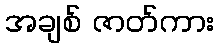
အချစ် ဇာတ်ကား